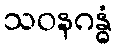
သဝနဂန္ဓံ